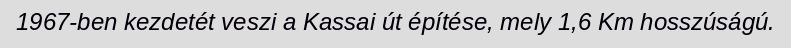
1967-ben kezdetét veszi a Kassai út építése, mely 1,6 Km hosszúságú.